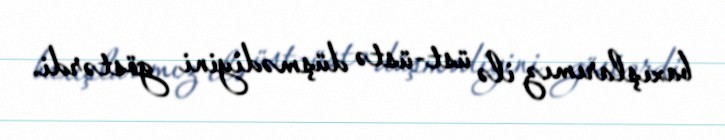
baxışlarımız ilə üst-üstə düşmədiyini göstərdi.